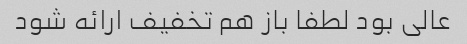
عالی بود لطفا باز هم تخفیف ارائه شود